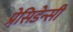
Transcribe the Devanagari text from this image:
प्रेसि़डेन्सी